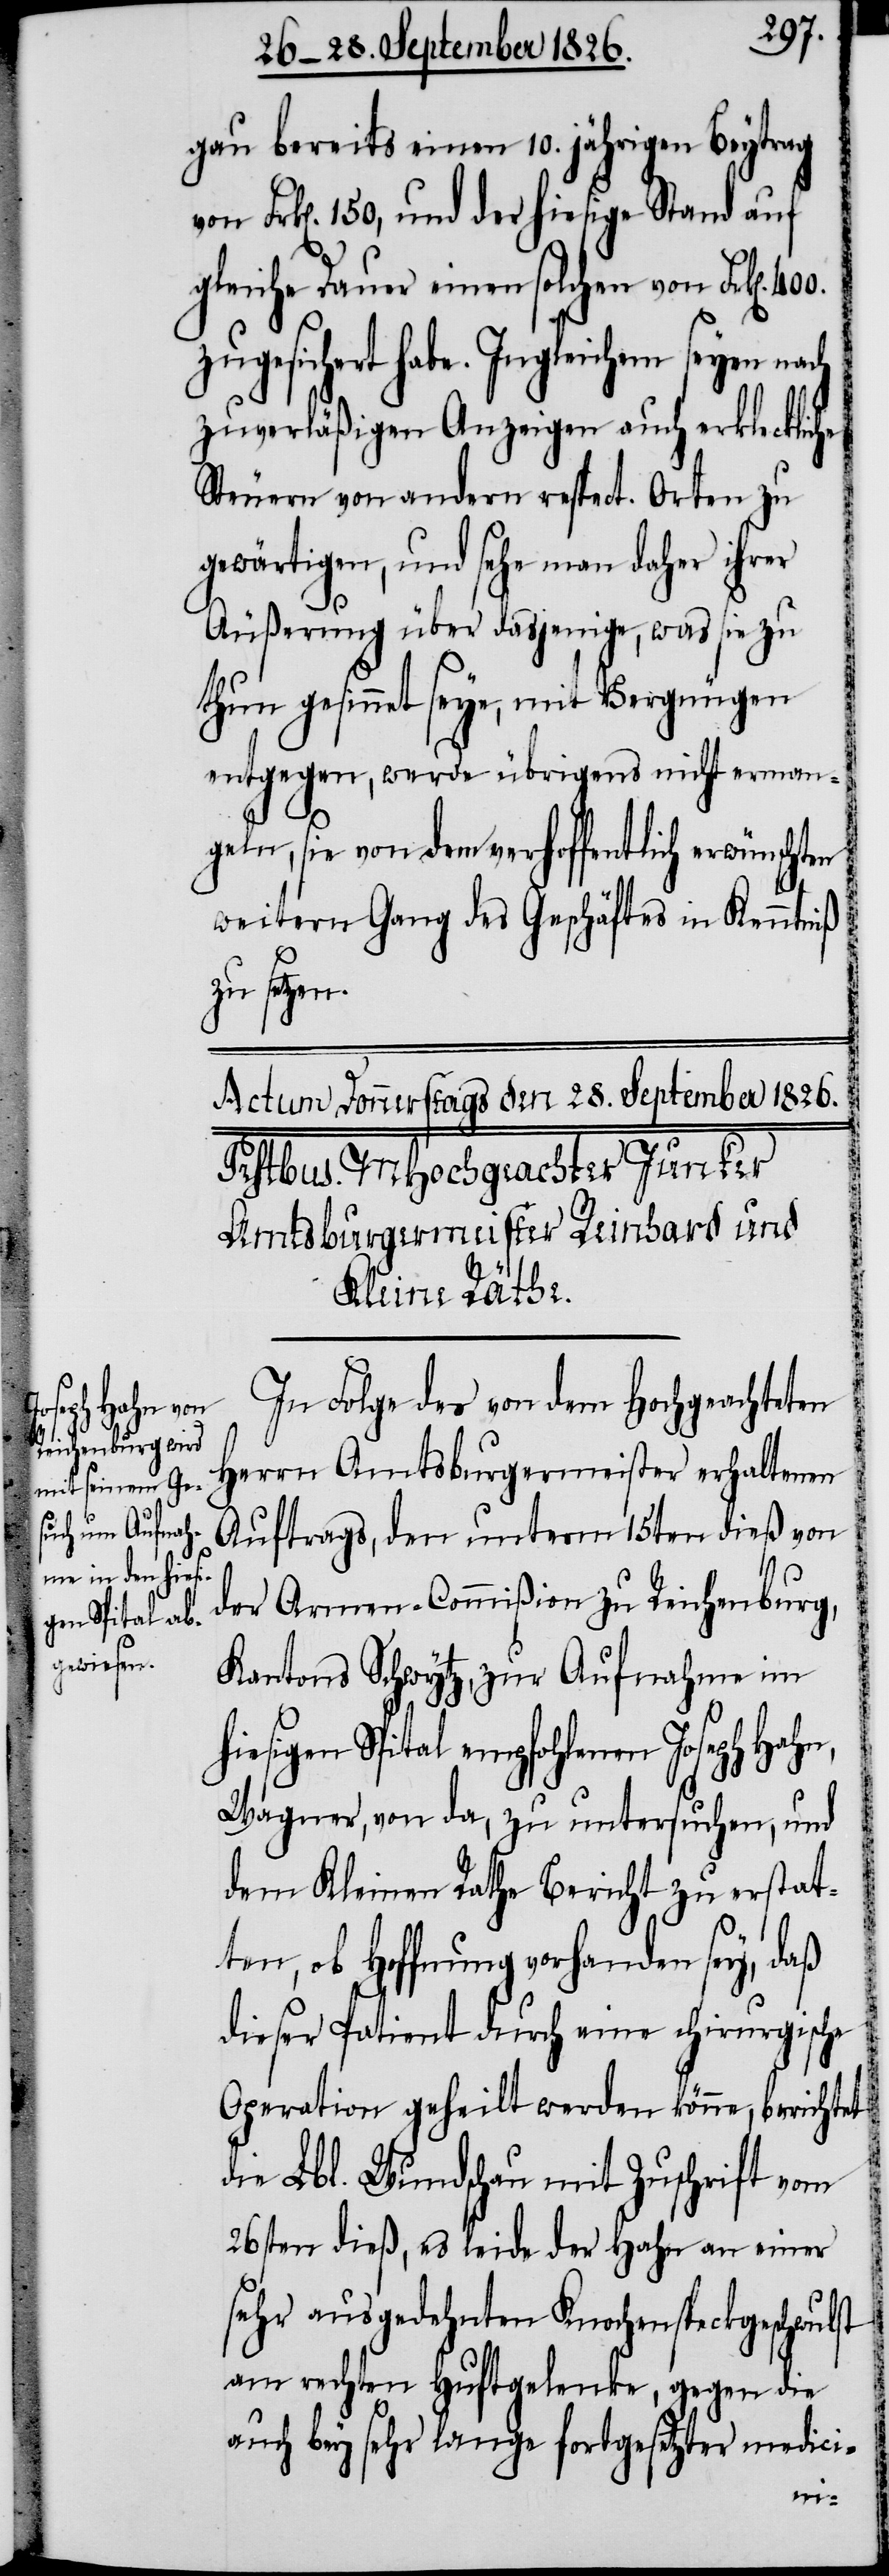
gau bereits einen 10. jährigen Beytrag
Frk[en]. 150, und der hiesige Stand auf
gleiche Dauer einen solchen von Frk[en].
zugesichert habe. In gleichem seyen nach
zuverläßigen Anzeigen auch erkleckliche
Steuern von andern respect. Orten zu
gewärtigen, und sehe man daher ihrer
Äußerung über dasjenige, was sie zu
thun gesinnet seye, mit Vergnügen
entgegen, werde übrigens nicht erman¬
geln, sie von dem verhoffentlich erwünschten
weitern Gang des Geschäftes in Kenntniß
zu setzen.
In Folge des von dem Hochgeachten
Herrn Amtsburgermeister erhaltenen
Auftrags, den unterm 15ten dieß von
der Armen-Commißion zu Reichenburg,
Kantons Schwytz, zur Aufnahme im
sigen Spital empfohlenen Joseph Hah¬
Wagner, von da, zu untersuchen, und
dem Kleinen Rathe Bericht zu erstat¬
ten, ob Hoffnung vorhanden sey, daß
dieser Patient durch eine chirurgische
Operation geheilt werden könne, berichtet
die Lbl. Wundschau mit Zuschrift vom
26sten dieß, es leide der Hahn an einer
sehr ausgedehnten Knochenspeckgeschwul¬
am rechten Huftgelenke, gegen die
auch bey sehr lange fortgesetzter medici-
st